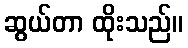
ဆွယ်တာ ထိုးသည်။